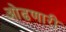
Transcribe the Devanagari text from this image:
ओढणारी